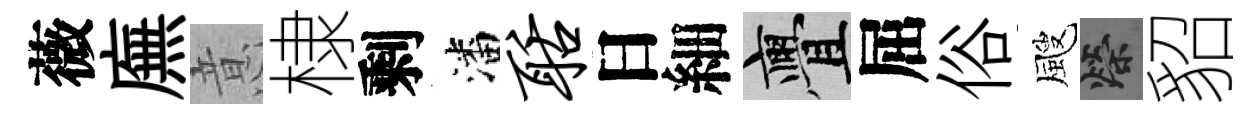
薇廡意棣剩潘聒日細亹屈俗颼榮貂